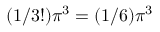
( 1 / 3 ! ) \pi ^ { 3 } = ( 1 / 6 ) \pi ^ { 3 }